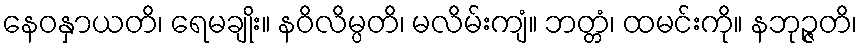
နေဝနှာယတိ၊ ရေမချိုး။ နဝိလိမ္ပတိ၊ မလိမ်းကျံ။ ဘတ္တံ၊ ထမင်းကို။ နဘုဉ္ဇတိ၊